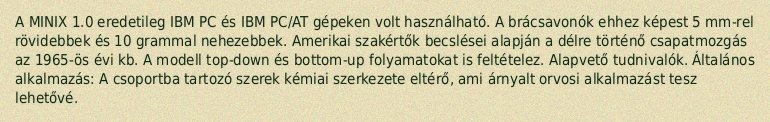
A MINIX 1.0 eredetileg IBM PC és IBM PC/AT gépeken volt használható. A brácsavonók ehhez képest 5 mm-rel rövidebbek és 10 grammal nehezebbek. Amerikai szakértők becslései alapján a délre történő csapatmozgás az 1965-ös évi kb. A modell top-down és bottom-up folyamatokat is feltételez. Alapvető tudnivalók. Általános alkalmazás: A csoportba tartozó szerek kémiai szerkezete eltérő, ami árnyalt orvosi alkalmazást tesz lehetővé.